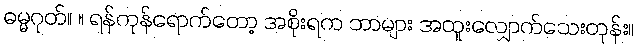
ဓမ္မဂုတ်။ ။ ရန်ကုန်ရောက်တော့ အစိုးရက ဘာများ အထူးလျှောက်သေးတုန်း။